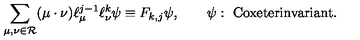
\sum _ { \mu , \nu \in { \cal R } } ( \mu \cdot \nu ) \ell _ { \mu } ^ { j - 1 } \ell _ { \nu } ^ { k } \psi \equiv F _ { k , j } \psi , \qquad \psi : \ \mathrm { C o x e t e r i n v a r i a n t } .